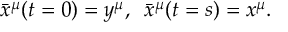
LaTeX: \bar { x } ^ { \mu } ( t = 0 ) = y ^ { \mu } , \, \, \, \bar { x } ^ { \mu } ( t = s ) = x ^ { \mu } .